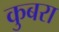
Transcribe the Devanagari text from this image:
कुबरा